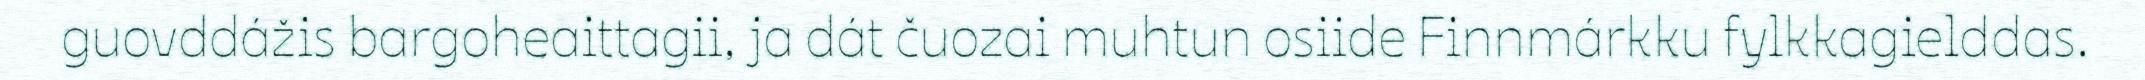
guovddážis bargoheaittagii, ja dát čuozai muhtun osiide Finnmárkku fylkkagielddas.